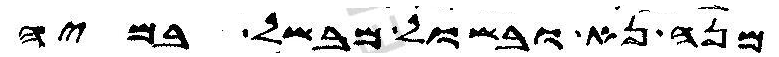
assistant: מנה נא ובשול מבשל במיה